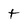
Character: t